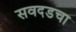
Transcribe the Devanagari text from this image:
सवदडचा